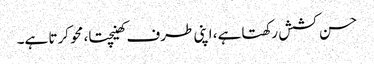
حسن کشش رکھتا ہے، اپنی طرف کھینچتا، محو کرتا ہے۔